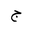
Letter: _gim